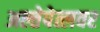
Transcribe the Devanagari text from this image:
अल्तेपेत्लवर